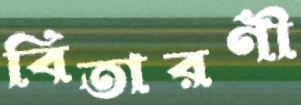
বিতারণী